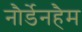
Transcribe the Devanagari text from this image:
नौर्डेनहैम